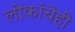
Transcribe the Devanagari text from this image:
लोकांचेही